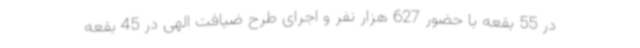
در 55 بقعه با حضور 627 هزار نفر و اجرای طرح ضیافت الهی در 45 بقعه